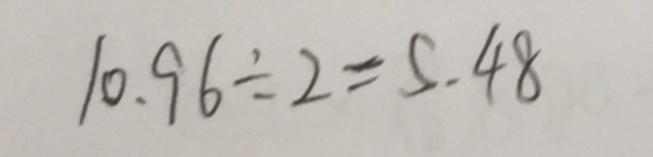
1 0 . 9 6 \div 2 = 5 . 4 8